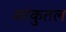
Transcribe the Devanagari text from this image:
शांकुतल